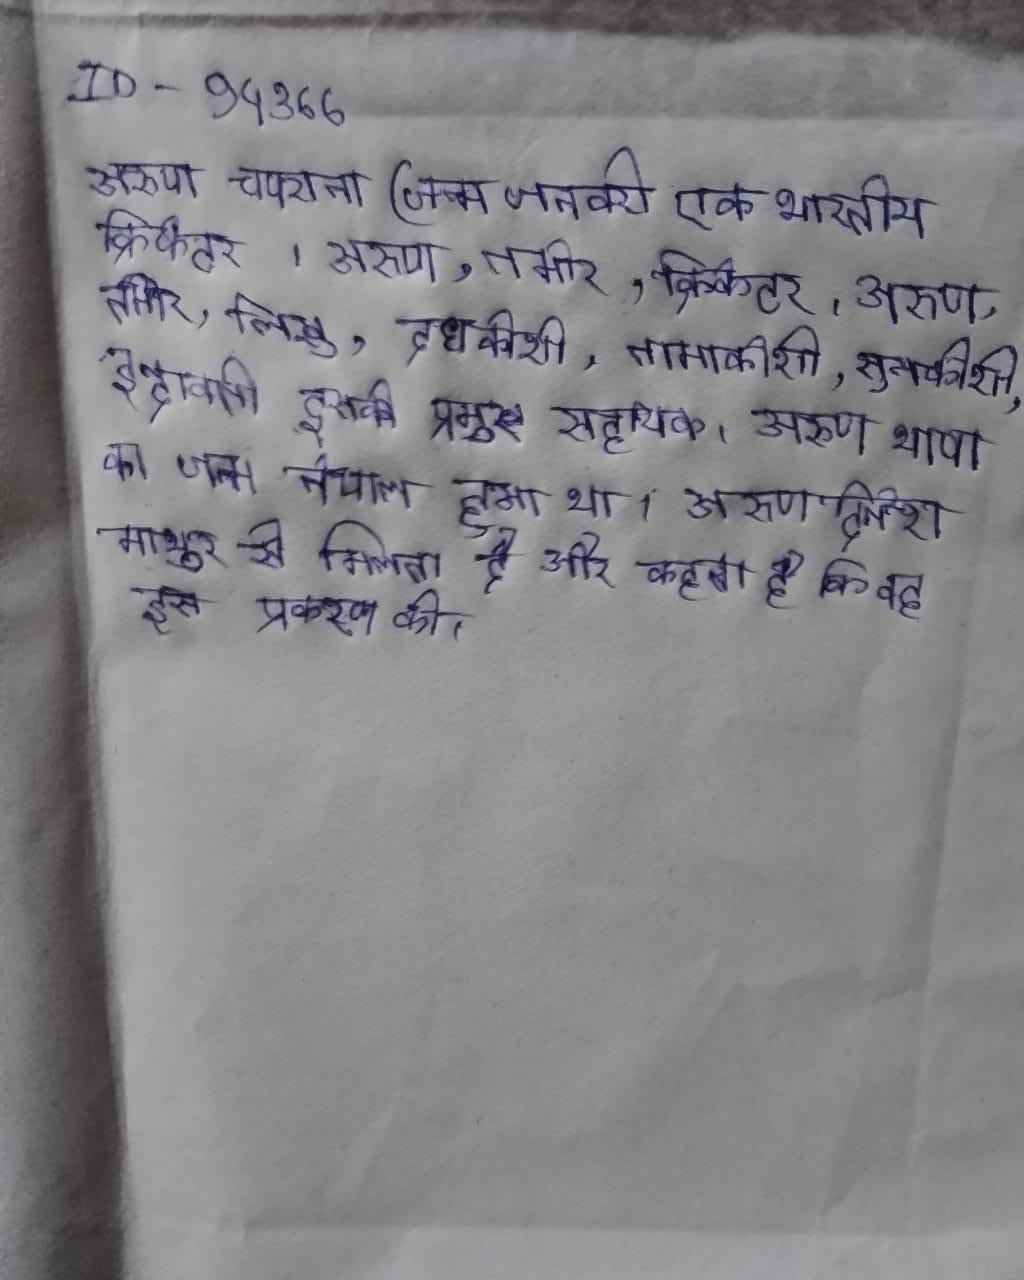
अरुण चपराना (जन्म जनवरी एक भारतीय क्रिकेटर । अरुण, तमोर, लिखु, दूधकोशी, तामाकोशी, सुनकोशी, इन्द्रावती इसकी प्रमुख सहायक । अरुण थापा का जन्म नेपाल हुआ था । अरुण दिनेश माथुर से मिलता है और कहता है कि वह इस प्रकरण को ।